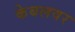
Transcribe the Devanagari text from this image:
केबलवर